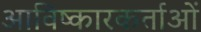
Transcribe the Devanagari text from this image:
आविष्कारकर्ताओं